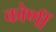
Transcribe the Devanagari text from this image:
कोणीं